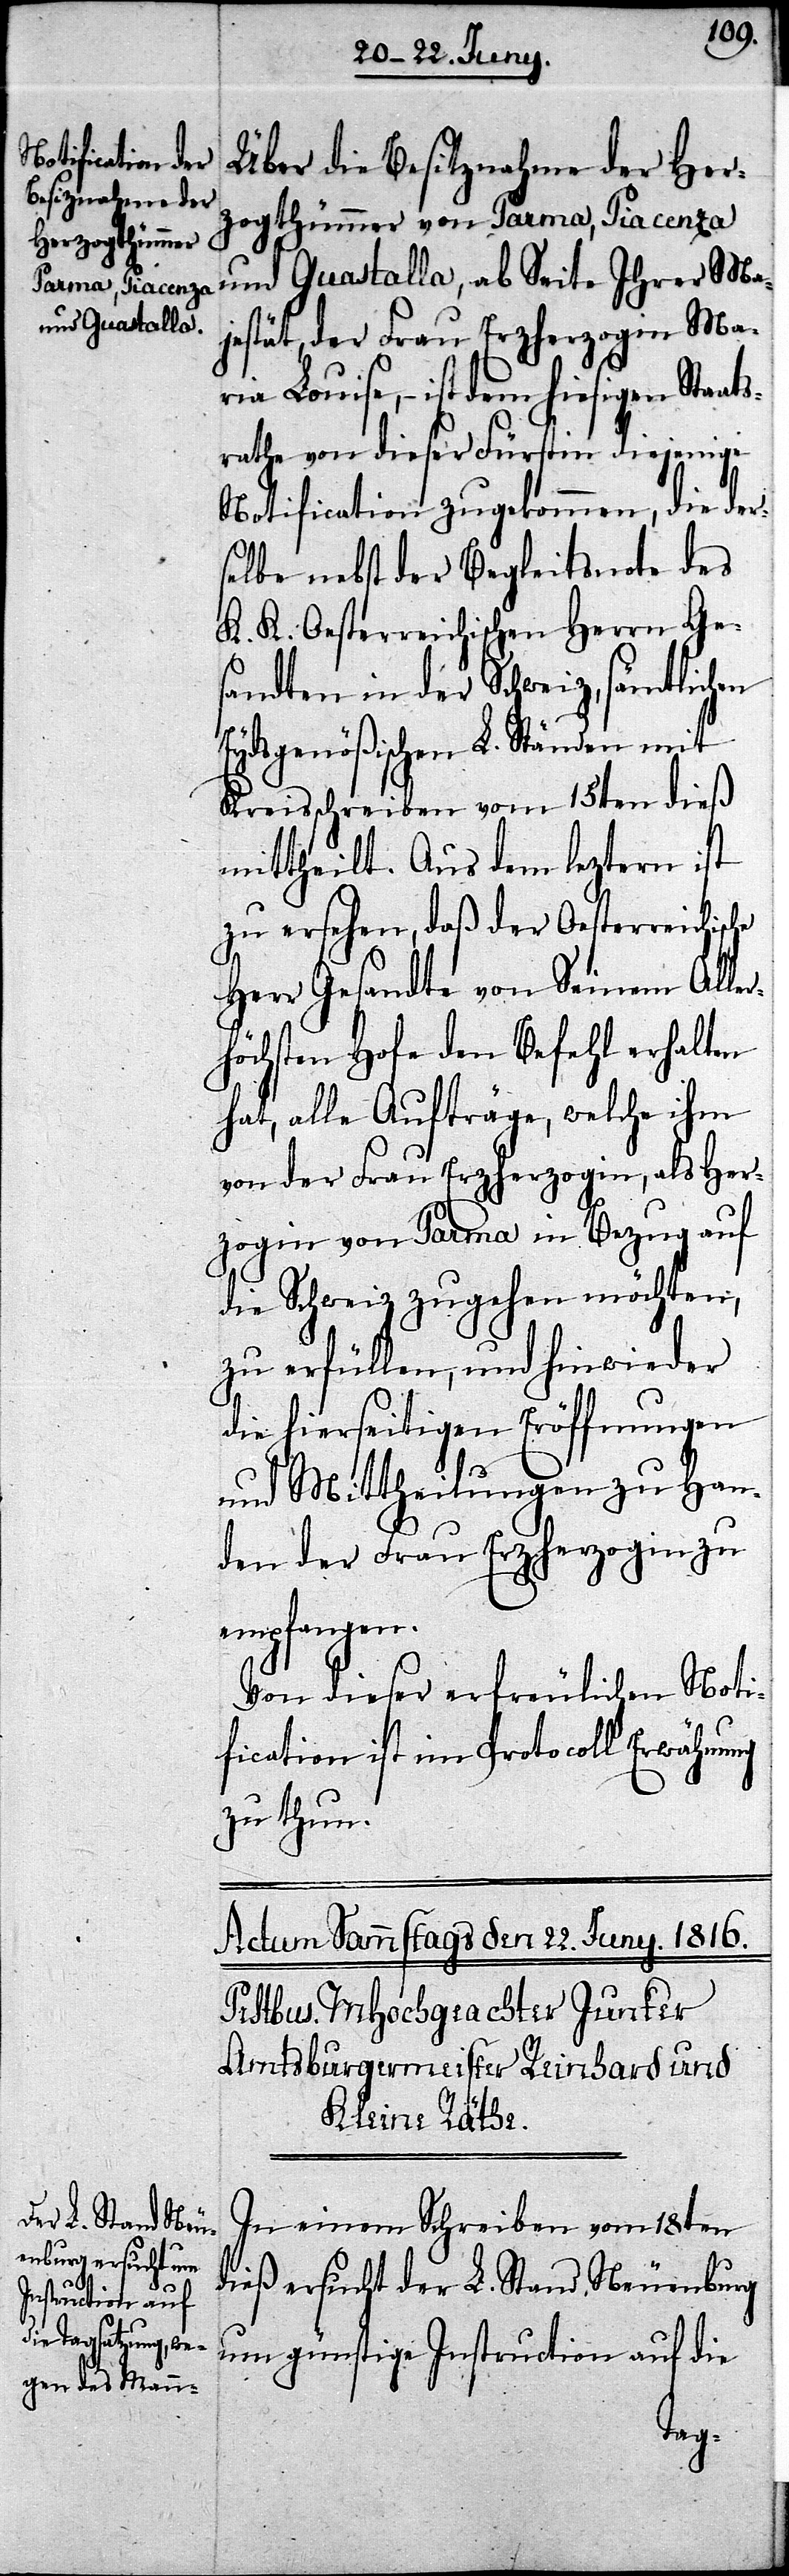
Über die Besitznahme der Her¬
zogthümer von Parma, Piacenza
und Guastalla, ab Seite Ihrer Ma¬
jestät, der Frau Erzherzogin Ma¬
ria Louise, – ist dem hiesigen Staats¬
rathe von dieser Fürstin diejenige
Notification zugekommen, die der¬
selbe nebst der Begleitsnote des
K. K. Oesterreichischen Herrn Ge¬
sandten in der Schweiz, sämtlichen
Eydsgenößischen L. Ständen mit
Kreisschreiben vom 15ten dieß
mittheilt. Aus dem leztern ist
zu ersehen, daß der Oesterreichische
Herr Gesandte von Seinem Aller¬
höchsten Hofe den Befehl erhalten
hat, alle Aufträge, welche ihm
von der Frau Erzherzogin, als Her¬
zogin von Parma in Bezug auf
die Schweiz zugehen möchten,
zu erfüllen, und hinwieder
die hierseitigen Eröffnungen
Mittheilungen zu Han¬
den der Frau Erzherzogin zu
empfangen.
Von dieser erfreulichen Noti¬
fication ist im Protocoll Erwähnung
zu thun.
In einem Schreiben vom 18ten
dieß ersucht der L. Stand Neuenburg
um günstige Instruction auf die